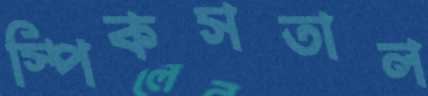
স্পিকসতাল